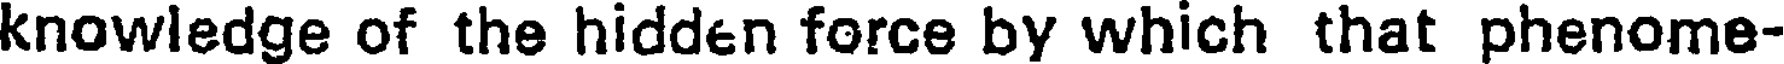
knowledge of the hidden force by which that phenome-